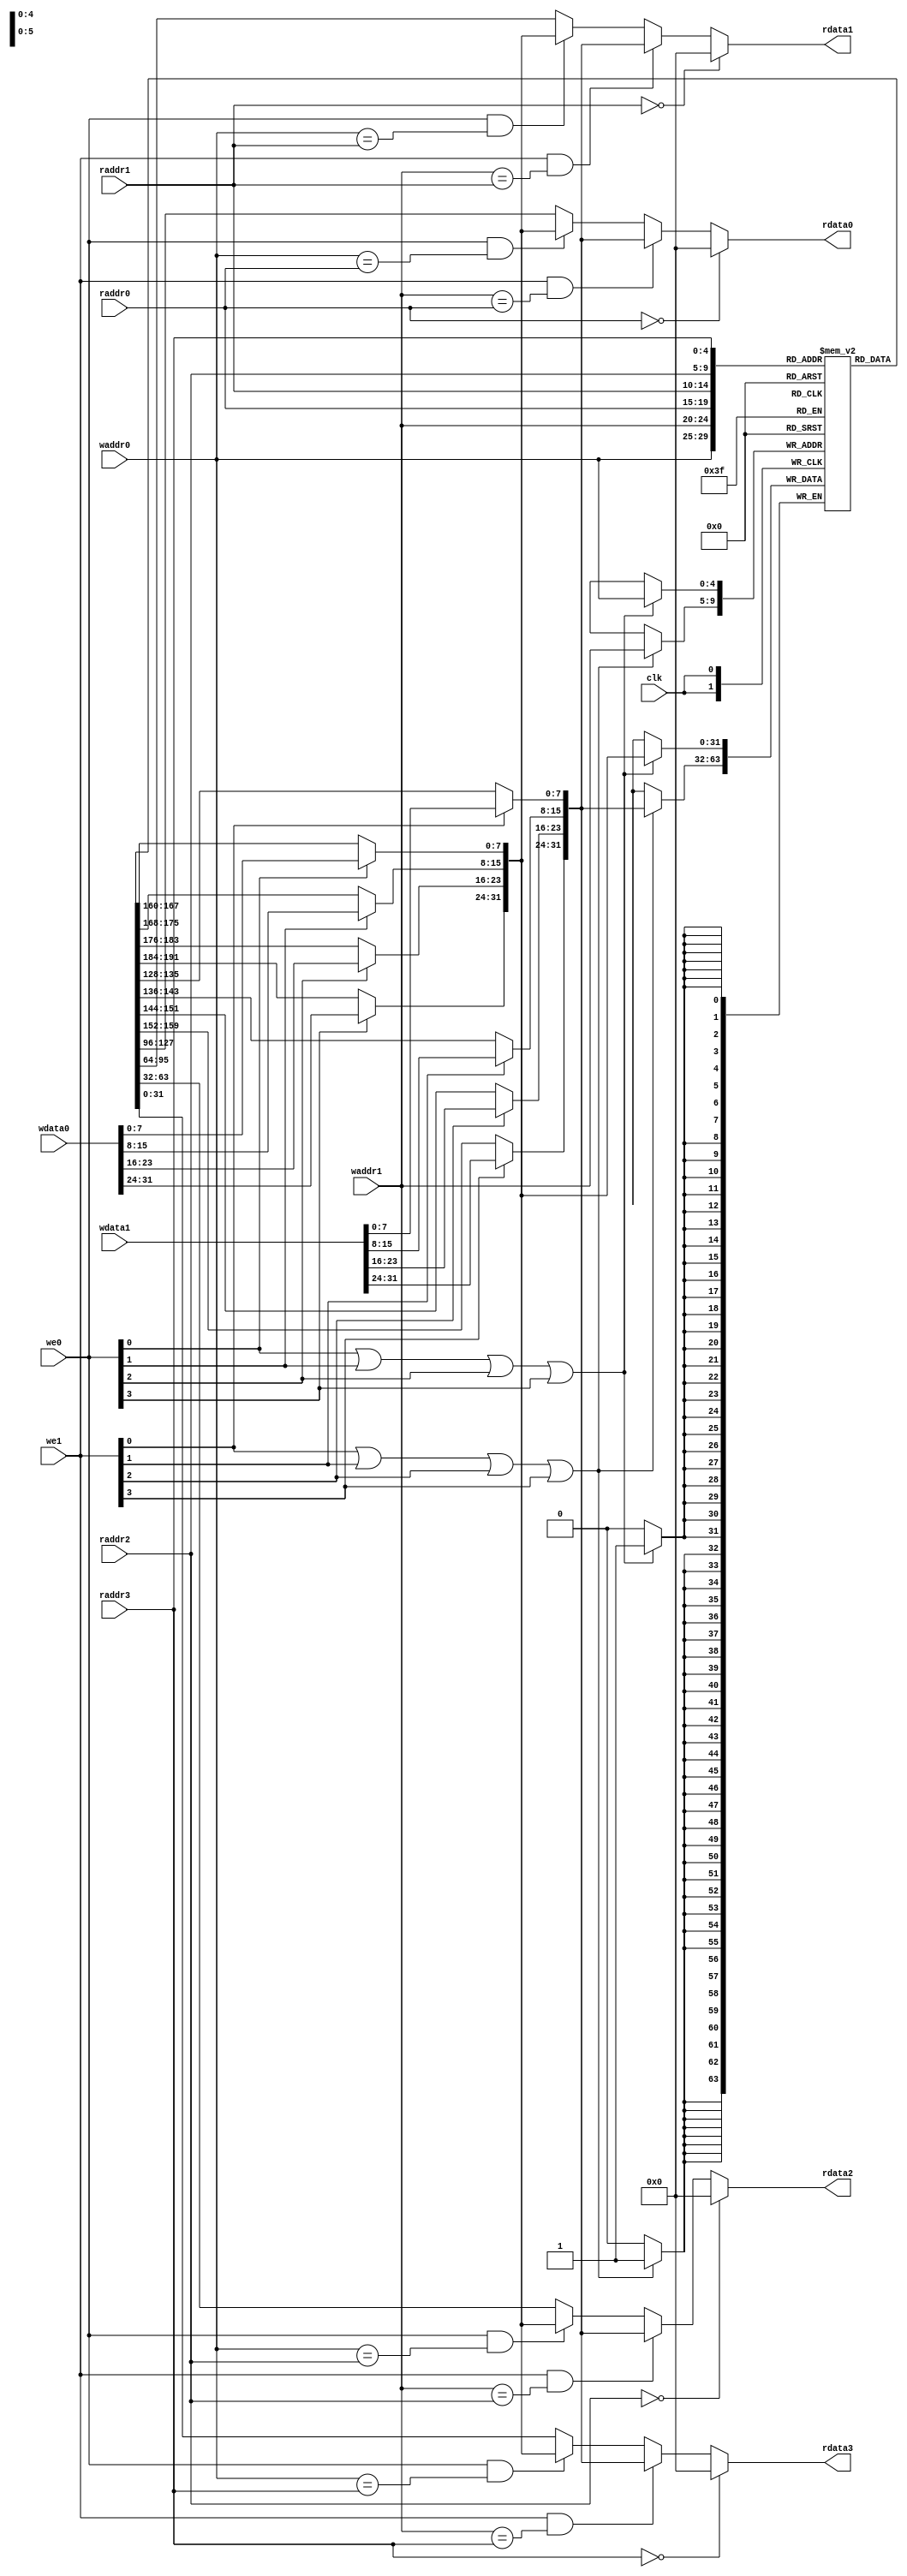
module regfile(
    input         clk,
    // READ PORT 0
    input  [ 4:0] raddr0,
    output [31:0] rdata0,
    // READ PORT 1
    input  [ 4:0] raddr1,
    output [31:0] rdata1,
    // READ PORT 2
    input  [ 4:0] raddr2,
    output [31:0] rdata2,
    // READ PORT 3
    input  [ 4:0] raddr3,
    output [31:0] rdata3,
    // WRITE PORT 1
    input  [ 3:0]    we0,
    input  [ 4:0] waddr0,
    input  [31:0] wdata0,
    // WRITE PORT 2
    input  [ 3:0]    we1,
    input  [ 4:0] waddr1,
    input  [31:0] wdata1
);
reg [31:0] rf[31:0];
wire [31: 0] final_wdata0;
wire [31: 0] final_wdata1;

assign final_wdata0[ 7: 0] = we0[0] ? wdata0[ 7: 0] : rf[waddr0][ 7: 0];
assign final_wdata0[15: 8] = we0[1] ? wdata0[15: 8] : rf[waddr0][15: 8];
assign final_wdata0[23:16] = we0[2] ? wdata0[23:16] : rf[waddr0][23:16];
assign final_wdata0[31:24] = we0[3] ? wdata0[31:24] : rf[waddr0][31:24];

assign final_wdata1[ 7: 0] = we1[0] ? wdata1[ 7: 0] : rf[waddr1][ 7: 0];
assign final_wdata1[15: 8] = we1[1] ? wdata1[15: 8] : rf[waddr1][15: 8];
assign final_wdata1[23:16] = we1[2] ? wdata1[23:16] : rf[waddr1][23:16];
assign final_wdata1[31:24] = we1[3] ? wdata1[31:24] : rf[waddr1][31:24];

//WRITE
//port 1 write first
always @(posedge clk) begin
    if (we0[0] || we0[1] || we0[2] || we0[3])begin
        rf[waddr0] <= final_wdata0;
    end
    if (we1[0] || we1[1] || we1[2] || we1[3])begin
        rf[waddr1] <= final_wdata1;
    end
end



//READ OUT 0
assign rdata0 = (raddr0==5'b0) ? 32'b0
              : (we1 && waddr1 == raddr0) ? final_wdata1
              : (we0 && waddr0 == raddr0) ? final_wdata0
              : rf[raddr0];

//READ OUT 1
assign rdata1 = (raddr1==5'b0) ? 32'b0 
              : (we1 && waddr1 == raddr1) ? final_wdata1
              : (we0 && waddr0 == raddr1) ? final_wdata0
              : rf[raddr1];

//READ OUT 2
assign rdata2 = (raddr2==5'b0) ? 32'b0
              : (we1 && waddr1 == raddr2) ? final_wdata1
              : (we0 && waddr0 == raddr2) ? final_wdata0
              : rf[raddr2];

//READ OUT 3
assign rdata3 = (raddr3==5'b0) ? 32'b0 
              : (we1 && waddr1 == raddr3) ? final_wdata1
              : (we0 && waddr0 == raddr3) ? final_wdata0
              : rf[raddr3];

endmodule